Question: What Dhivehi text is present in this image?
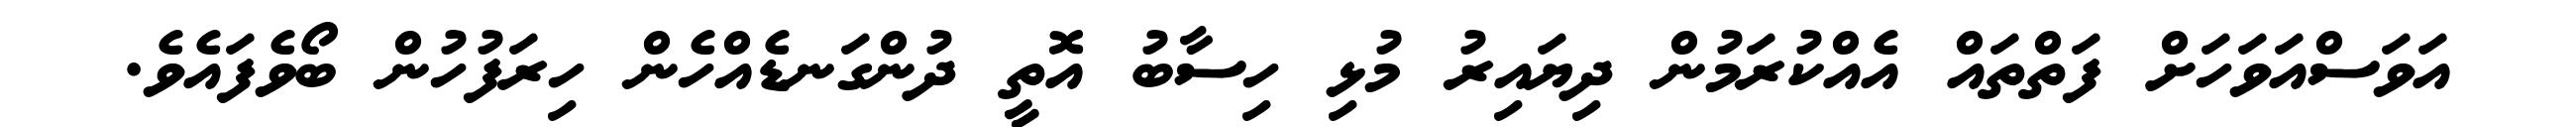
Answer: އަވަސްއަވަހަށް ފަތްތައް އެއްކުރަމުން ދިޔައިރު މުޅި ހިސާބު އޮތީ ދުންގަނޑެއްހެން ހިރަފުހުން ބޯވެފައެވެ.